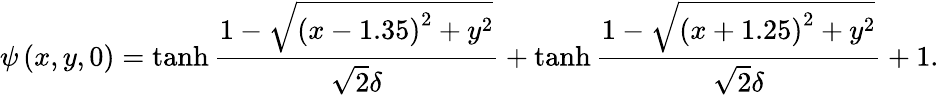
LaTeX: \psi\left(x,y,0\right)=\operatorname{tanh}{\frac{1-\sqrt{\left(x-1.35\right)^{2}+y^{2}}}{\sqrt{2}\delta}}+\operatorname{tanh}{\frac{1-\sqrt{\left(x+1.25\right)^{2}+y^{2}}}{\sqrt{2}\delta}}+1.